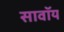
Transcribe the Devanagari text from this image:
सावॉय